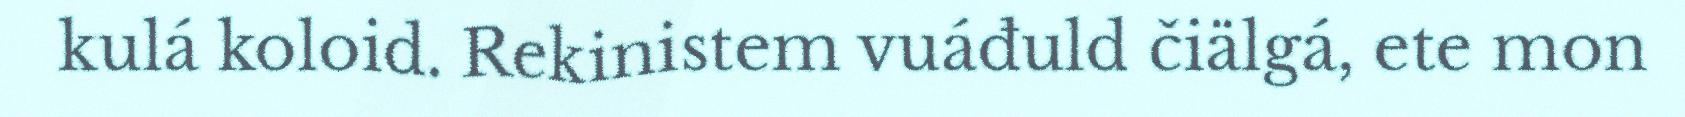
kulá koloid. Rekinistem vuáđuld čiälgá, ete mon